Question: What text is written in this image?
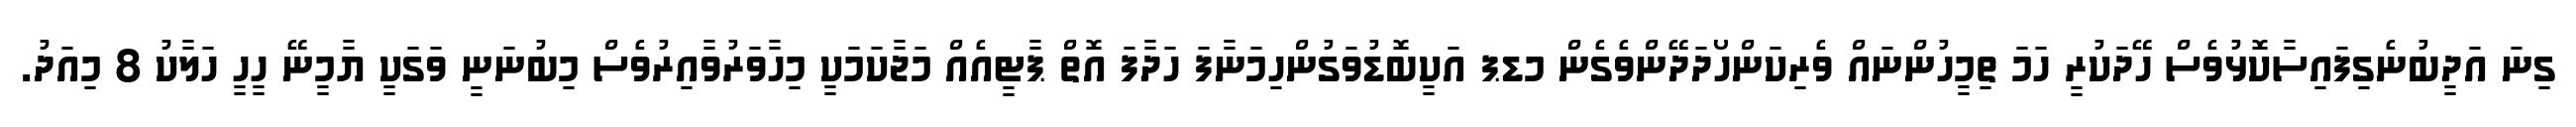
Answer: ގިނަ އަދީބުނެގިފައިސާކޮޅުވެސް ހޭދަކުރީ ހަމަ ތިމީހުންނައް ވެރިކަންހޯދަދޭންވެގެން މޑޕ އަކީބޮޑުވަގުންހިމަނާފަ ހަދާފަ އޮތް ޕާޓީއެއް މަޖާކަމަކީ މިހާވަރުވާއިރުވެސް މިބުނަނީ ވަގަކީ ޔާމީނޭ ހީހީ ހަލާކު 8 މިއަދު.